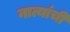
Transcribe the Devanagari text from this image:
नात्यांची